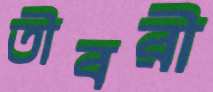
তীবরী